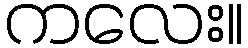
ကလေး။